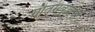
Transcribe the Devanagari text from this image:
गौतमबुद्धाची